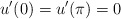
\begin{align*}u' (0) = u' (\pi) = 0 \end{align*}